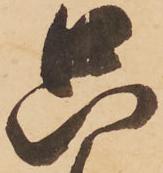
只